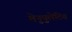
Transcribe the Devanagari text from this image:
मेनुपुलेटिव